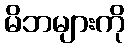
မိဘများကို